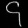
Digit: ၄